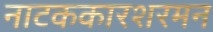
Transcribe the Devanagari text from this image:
नाटककारशरमन